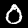
Digit: 0